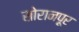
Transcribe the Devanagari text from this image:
सोरानपूर